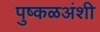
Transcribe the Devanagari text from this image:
पुष्कळअंशी